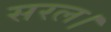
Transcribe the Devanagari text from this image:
सरल।